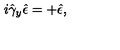
i \hat { \gamma } _ { y } \hat { \epsilon } = + \hat { \epsilon } ,